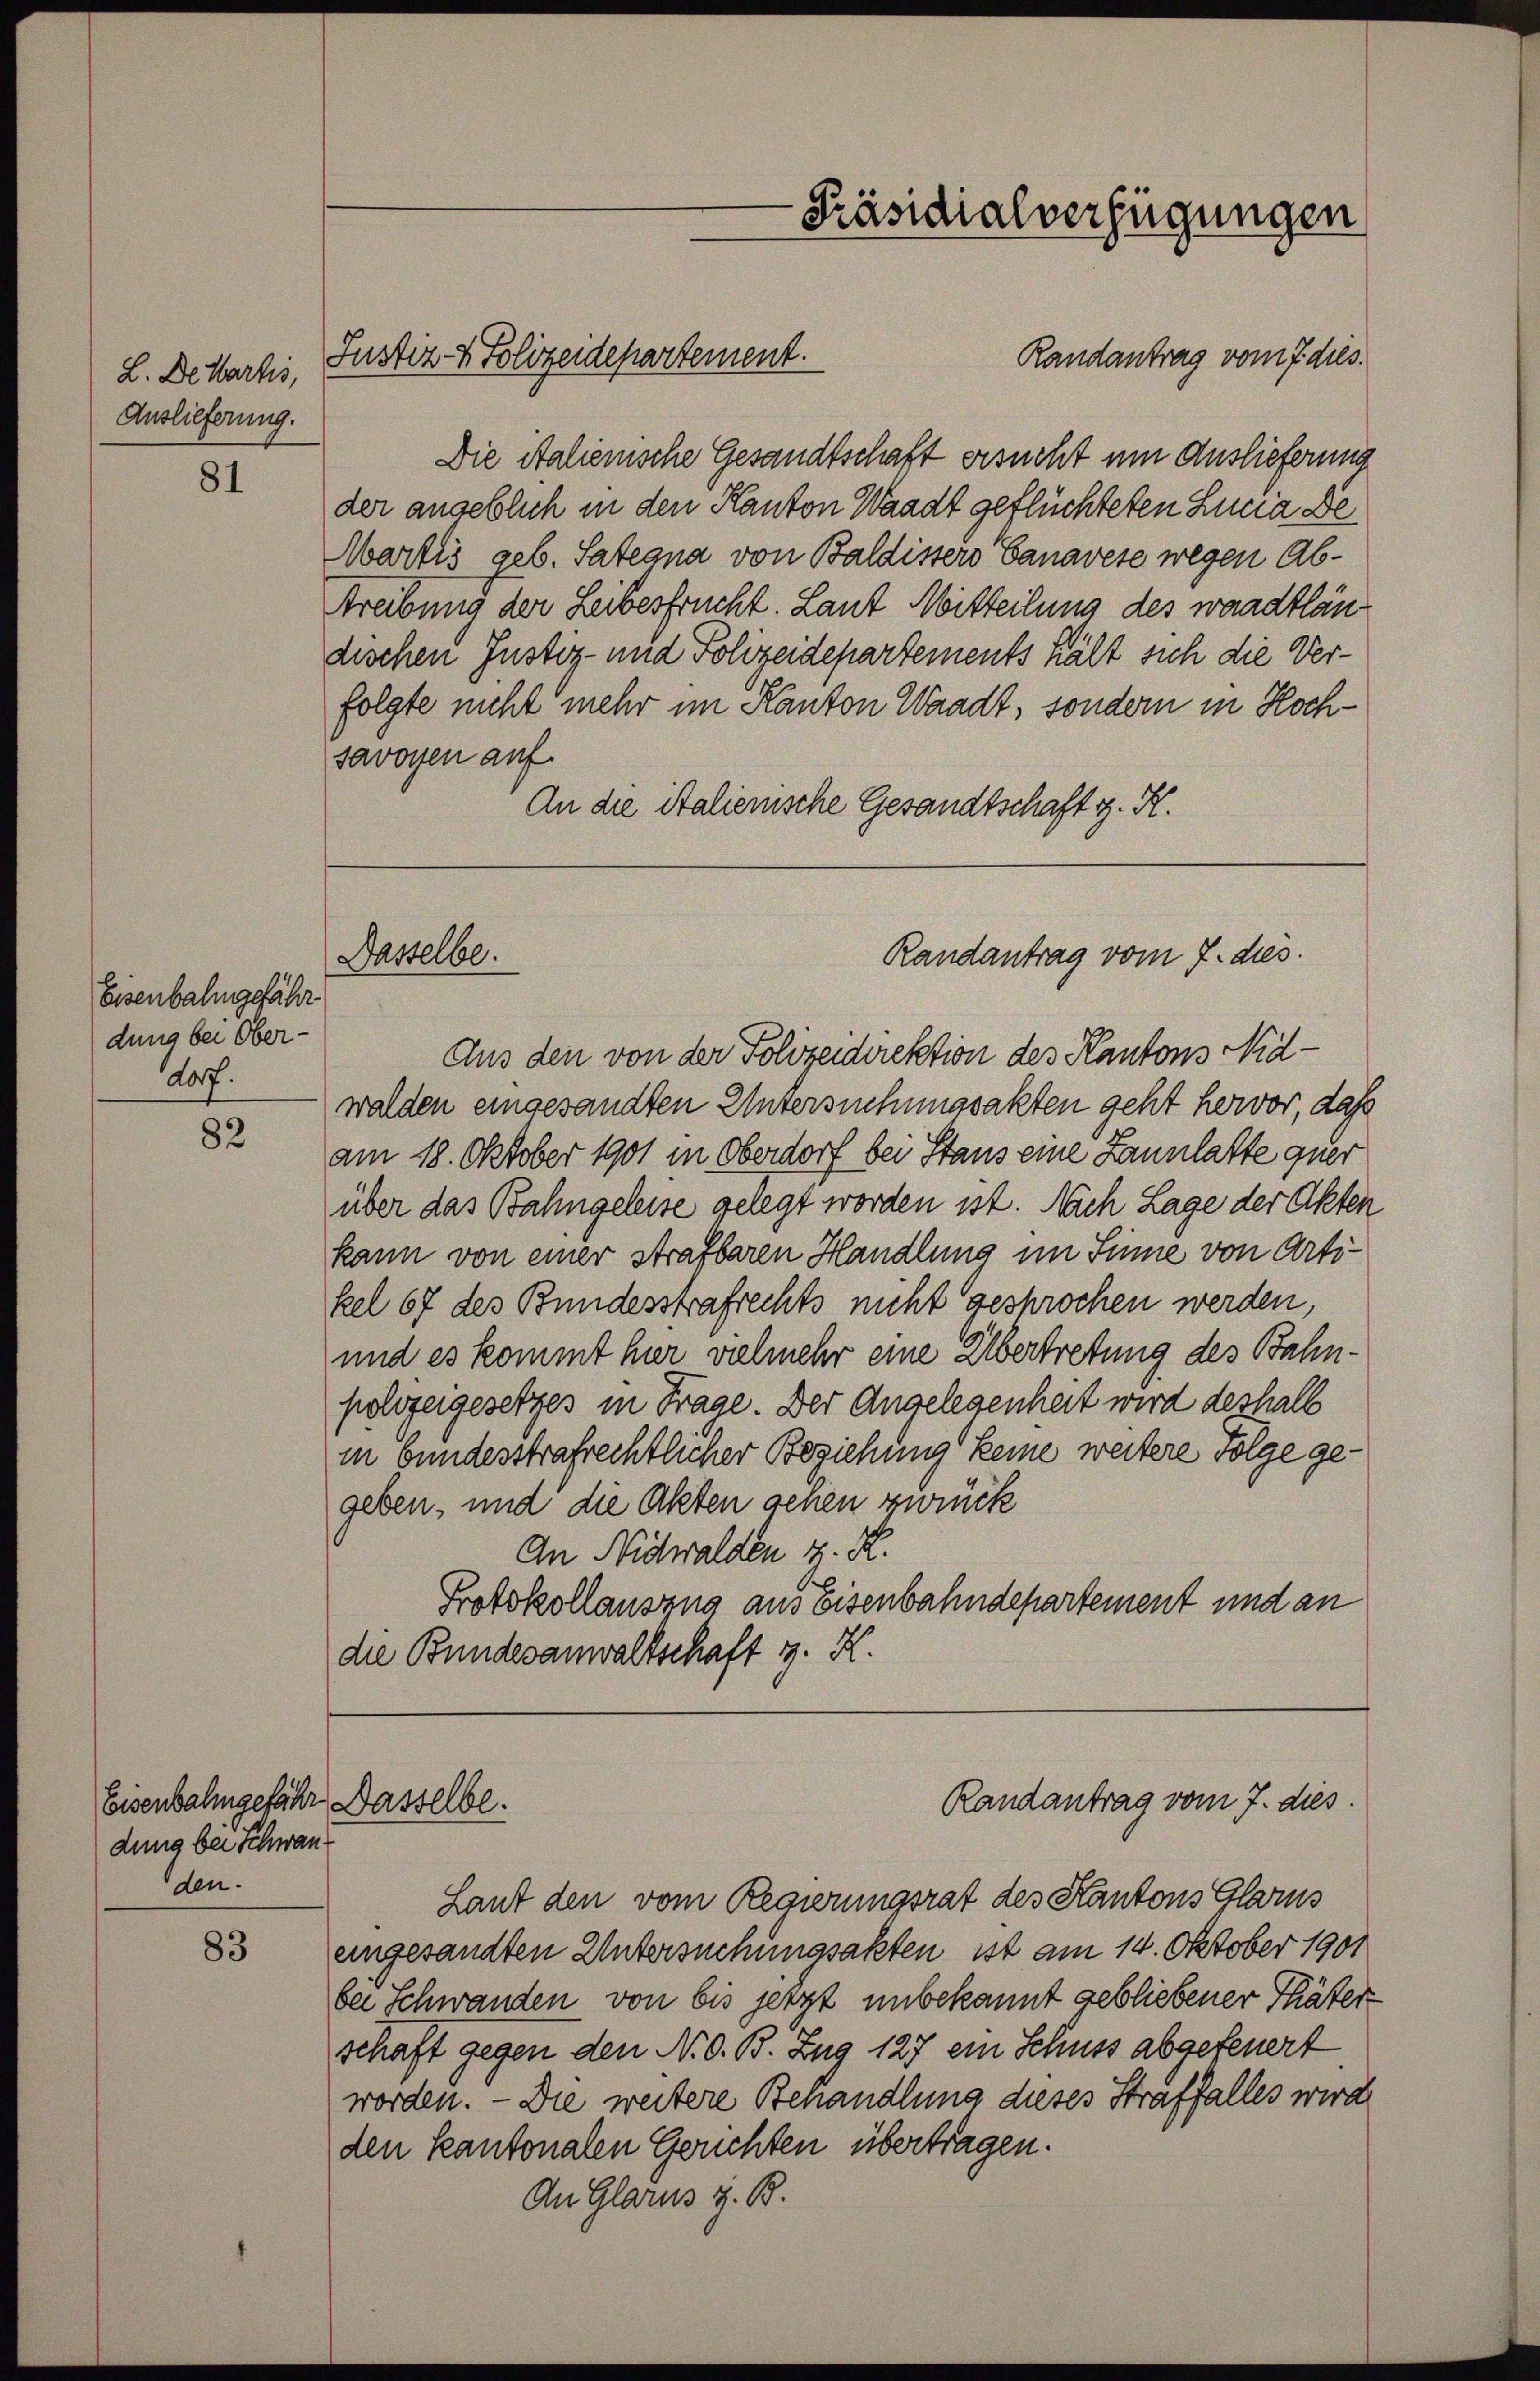
L. De Wartis,
Auslieferung.

81

Eisenbahngefähr
dung bei Ober-
dorf.

82

dung bei Schwan
den.

83

Nasselbe.

Die Stalienische Gesandtschaft ersucht um Auslieferung
der angeblich in den Kanton Waadt geflüchteten Lucia De
Martis geb. Satiana von Baldisters Ganavese wegen Abtreibung der Leibesfrucht. Laut Mitteilung des waadtländischen Justiz- und Polizeidepartements hält sich die Verfolgte nicht mehr im Kanton Waadt, sondern in Hochsavoyen auf
An die Stalienische Gesandtschaft z. K.
Aus den von der Polizeidirektion des Kantons Nidwalden eingesandten Untersuchungsakten geht hervor, daß
am 18. Oktober 1901 in Oberdorf bei Staus eine Lannlatte quer
über das Bahngeleise gelegt worden ist. Nach Lage der Akten
kann von einer strafbaren Handlung im Sinne von Artikel 67 des Bundesstrafrechts nicht gesprochen werden,
und es kommt hier vielmehr eine Übertretung des Bahnpolizeigesetzes in Frage. Der Angelegenheit wird deshalb
in bundesstrafrechtlicher Beziehung keine weitere Folge gegeben, und die Akten sehen zurück
An Nidwalden z. R.
Protokollausens aus Eisenbahndepartement und an
die Bundesanwaltschaft z. K.

Justiz- & Polizeidepartement.

-Präsidialverfügungen
Randantrag vom 7 dies.

Randantrag vom 7. dies.

Randantrag vom 7. dies
Eisenbahngefähr Dasselbe.

Laut den vom Regierungsrat des Kantons Glarus
eingesandten Untersuchungsakten ist am 14. Oktober 1901
bei Schwanden von bis jetzt unbekannt gebliebener Thäterschaft gegen den N. O. B. Zug 127 ein Schuss abgefeuert
worden. — Die weitere Behandlung dieses Straffalles wird
den kantonalen Gerichten übertragen.
An Glarus z. B.